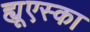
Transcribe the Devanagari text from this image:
ह्यूएस्का